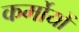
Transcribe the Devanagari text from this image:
कर्मोयों